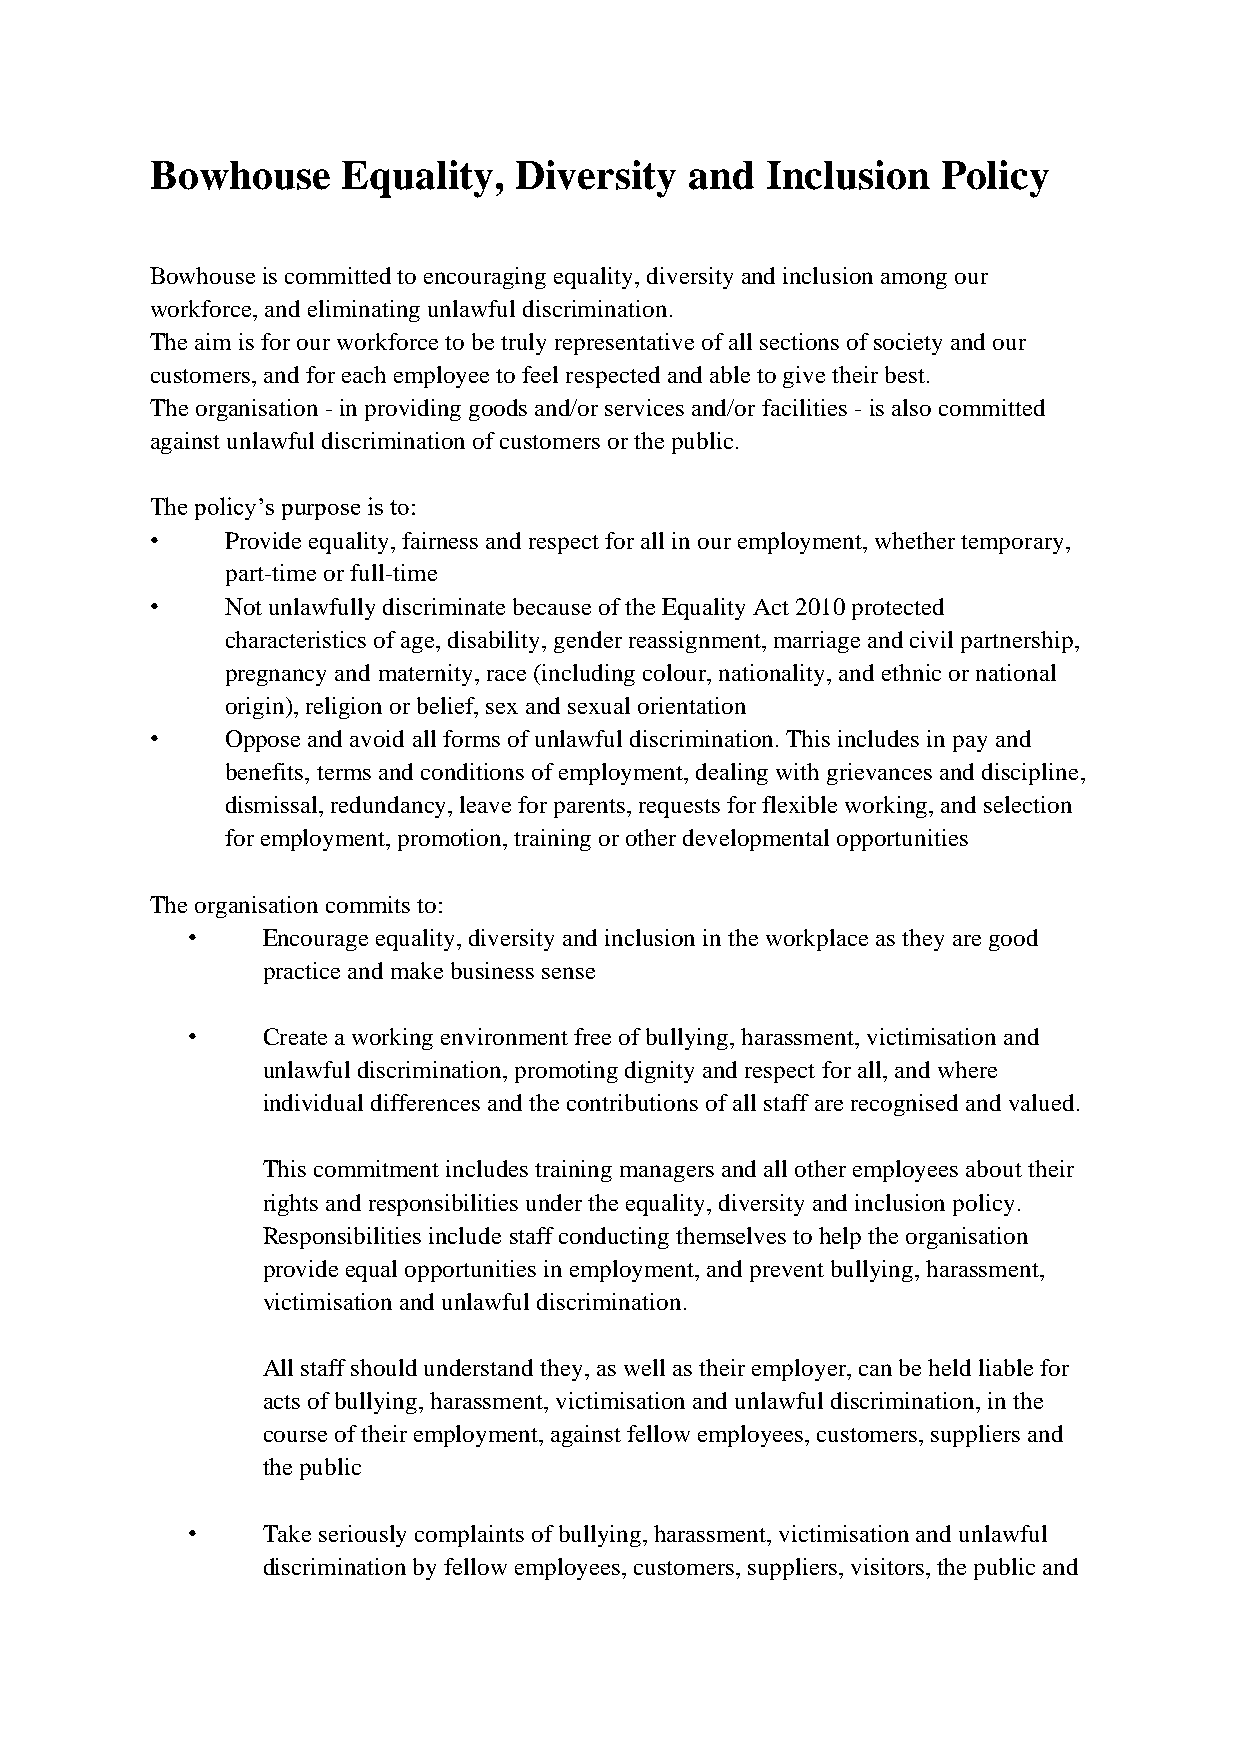
Bowhouse     Equality,  Diversity   and  Inclusion  Policy
 Bowhouse is committed to encouraging equality, diversity and inclusion among our
 workforce, and eliminating unlawful discrimination.
 The aim is for our workforce to be truly representative of all sections of society and our
 customers, and for each employee to feel respected and able to give their best.
 The organisation - in providing goods and/or services and/or facilities - is also committed
 against unlawful discrimination of customers or the public.
 The policy’s purpose is to:
 •    Provide equality, fairness and respect for all in our employment, whether temporary,
 part-time or full-time
 •    Not unlawfully discriminate because of the Equality Act 2010 protected
 characteristics of age, disability, gender reassignment, marriage and civil partnership,
 pregnancy and maternity, race (including colour, nationality, and ethnic or national
 origin), religion or belief, sex and sexual orientation
 •    Oppose and avoid all forms of unlawful discrimination. This includes in pay and
 benefits, terms and conditions of employment, dealing with grievances and discipline,
 dismissal, redundancy, leave for parents, requests for flexible working, and selection
 for employment, promotion, training or other developmental opportunities
 The organisation commits to:
 •    Encourage equality, diversity and inclusion in the workplace as they are good
 practice and make business sense
 •    Create a working environment free of bullying, harassment, victimisation and
 unlawful discrimination, promoting dignity and respect for all, and where
 individual differences and the contributions of all staff are recognised and valued.
 This commitment includes training managers and all other employees about their
 rights and responsibilities under the equality, diversity and inclusion policy.
 Responsibilities include staff conducting themselves to help the organisation
 provide equal opportunities in employment, and prevent bullying, harassment,
 victimisation and unlawful discrimination.
 All staff should understand they, as well as their employer, can be held liable for
 acts of bullying, harassment, victimisation and unlawful discrimination, in the
 course of their employment, against fellow employees, customers, suppliers and
 the public
 •    Take seriously complaints of bullying, harassment, victimisation and unlawful
 discrimination by fellow employees, customers, suppliers, visitors, the public and